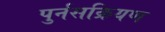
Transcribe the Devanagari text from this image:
पुर्नसक्रियण